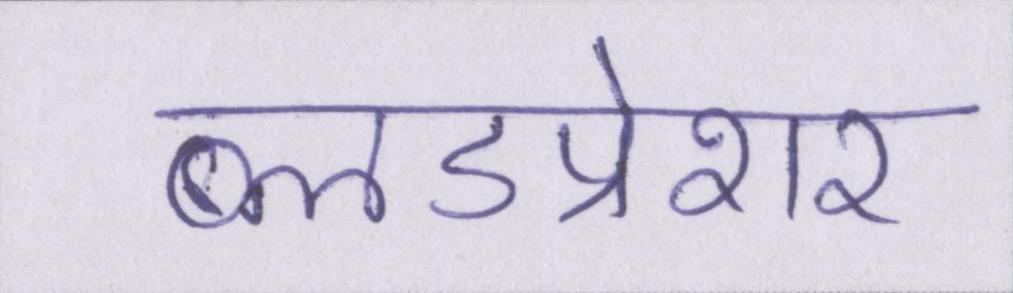
ब्लडप्रेशर